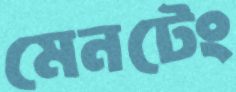
মেনটেং